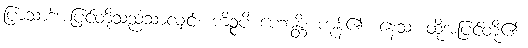
ပြာသာဒ်အပြင်တို့သည်သာလျှင်။ ကိဉ္စပိ ဟောန္တိ၊ ကုန်၏။ နေသံ၊ ထိုအပြင်တို့၏။